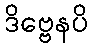
ဒိဗ္ဗေနပိ